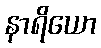
နာရိယော